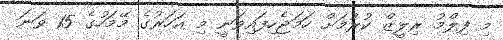
މި ފިލްމު ރިލީޒް ކުރުމަށް ހަމަޖެހިފައިވަނީ މި އަހަރުގެ މޭމަހުގެ 15 ވަނަ